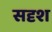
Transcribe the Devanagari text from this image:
सदृश